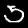
Digit: 5